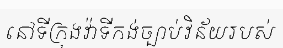
នៅទីក្រុងវ៉ាទីកង់ច្បាប់វិន័យរបស់